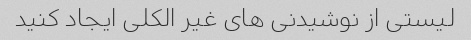
لیستی از نوشیدنی های غیر الکلی ایجاد کنید